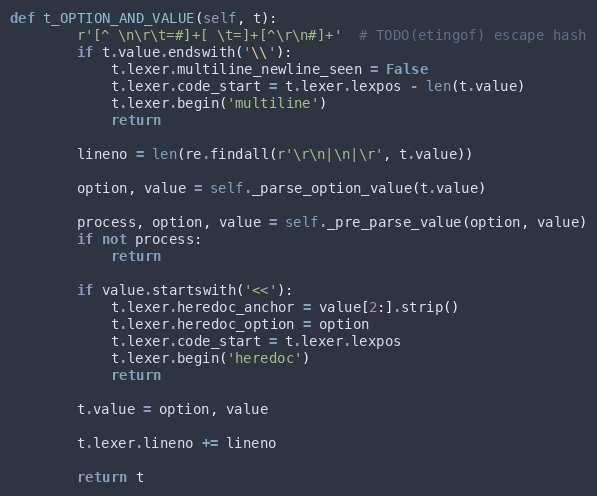
Language: Python
def t_OPTION_AND_VALUE(self, t):
        r'[^ \n\r\t=#]+[ \t=]+[^\r\n#]+'  # TODO(etingof) escape hash
        if t.value.endswith('\\'):
            t.lexer.multiline_newline_seen = False
            t.lexer.code_start = t.lexer.lexpos - len(t.value)
            t.lexer.begin('multiline')
            return

        lineno = len(re.findall(r'\r\n|\n|\r', t.value))

        option, value = self._parse_option_value(t.value)

        process, option, value = self._pre_parse_value(option, value)
        if not process:
            return

        if value.startswith('<<'):
            t.lexer.heredoc_anchor = value[2:].strip()
            t.lexer.heredoc_option = option
            t.lexer.code_start = t.lexer.lexpos
            t.lexer.begin('heredoc')
            return

        t.value = option, value

        t.lexer.lineno += lineno

        return t